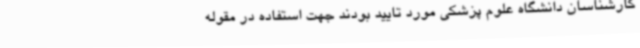
کارشناسان دانشگاه علوم پزشکی مورد تایید بودند جهت استفاده در مقوله